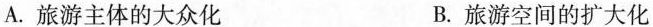
A.旅游主体的大众化 B.旅游空间的扩大化